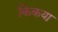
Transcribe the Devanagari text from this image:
किकया